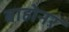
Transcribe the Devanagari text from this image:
बाहोनर